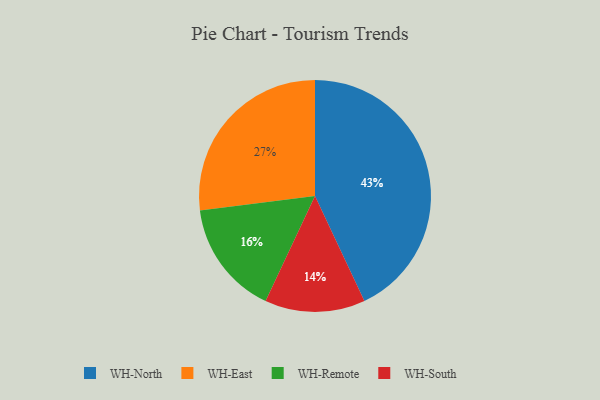
{"axis": {"x": "Category", "y": "Percentage"}, "legend": ["WH-East", "WH-North", "WH-Remote", "WH-South"], "data": [{"x": "WH-Remote", "y": 16, "type": "WH-Remote"}, {"x": "WH-North", "y": 43, "type": "WH-North"}, {"x": "WH-South", "y": 14, "type": "WH-South"}, {"x": "WH-East", "y": 27, "type": "WH-East"}]}